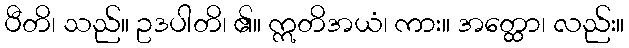
ပီတိ၊ သည်။ ဥဒပါတိ၊ ၏။ ဣတိအယံ၊ ကား။ အတ္ထော၊ လည်း။